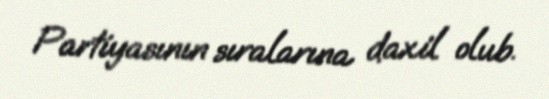
Partiyasının sıralarına daxil olub.